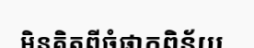
មិនគិតពីចំផាកពិន័យ